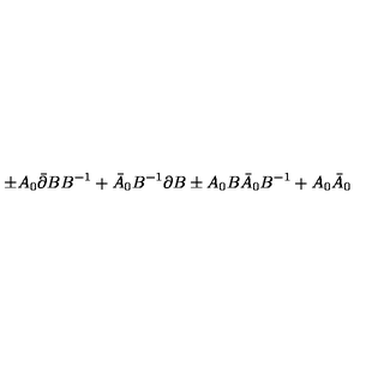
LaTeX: \pm A _ { 0 } \bar { \partial } B B ^ { - 1 } + \bar { A } _ { 0 } B ^ { - 1 } \partial B \pm A _ { 0 } B \bar { A } _ { 0 } B ^ { - 1 } + A _ { 0 } \bar { A } _ { 0 }